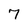
Character: 7